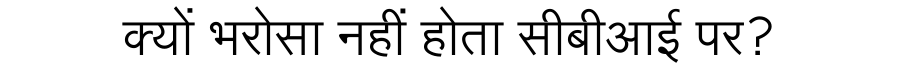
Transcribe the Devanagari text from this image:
क्यों भरोसा नहीं होता सीबीआई पर?